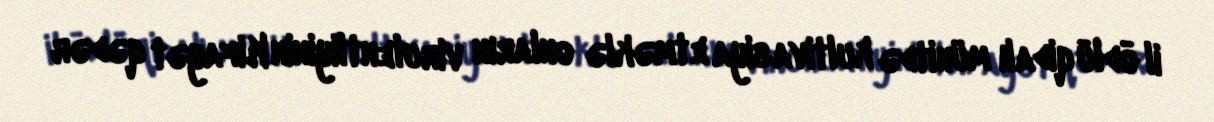
il ödlü qidalı mühitdə kultivasiya etməklə onların virulentliyinin Kifayət qədər